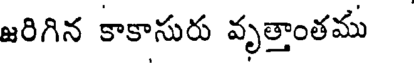
జరిగిన కాకాసురు వృత్తాంతము